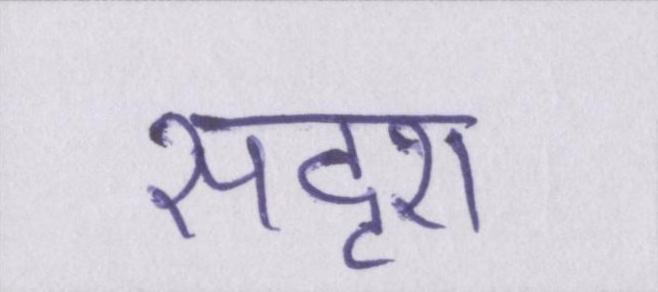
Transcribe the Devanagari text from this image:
सदृश